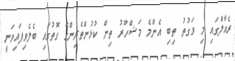
ރެއާލްގައި މި ވަގުތު ތިބި އެންމެ މަޝްހޫރު ތިން ކުޅުންތެރިންގެ ގޮތުގައި ބެލެވިފައިވަނީ